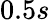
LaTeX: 0.5s